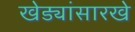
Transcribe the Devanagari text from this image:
खेड्यांसारखे